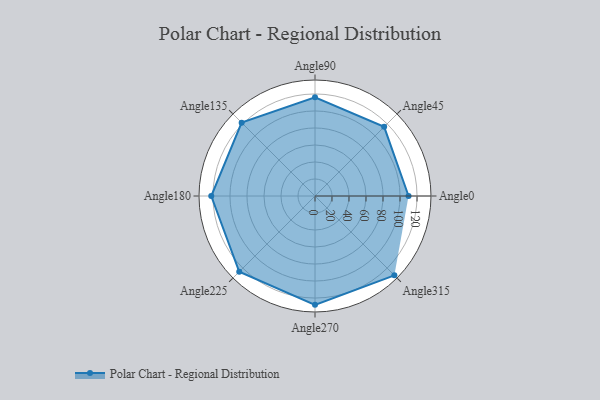
{"axis": {"x": "Angle", "y": "Radius"}, "legend": [""], "data": [{"x": "Angle0", "y": 110.0, "type": ""}, {"x": "Angle45", "y": 115.0, "type": ""}, {"x": "Angle90", "y": 116.0, "type": ""}, {"x": "Angle135", "y": 122.0, "type": ""}, {"x": "Angle180", "y": 122.0, "type": ""}, {"x": "Angle225", "y": 126.0, "type": ""}, {"x": "Angle270", "y": 128.0, "type": ""}, {"x": "Angle315", "y": 132.0, "type": ""}]}